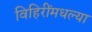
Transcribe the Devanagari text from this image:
विहिरींमधल्या